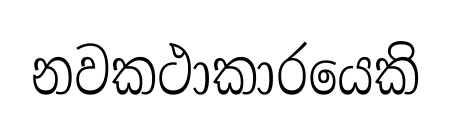
නවකථාකාරයෙකි